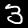
Label: 3